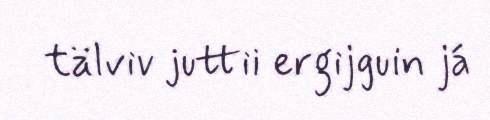
tälviv juttii ergijguin já